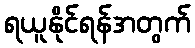
ရယူနိုင်ရန်အတွက်